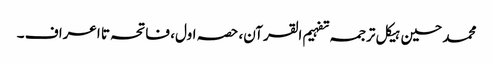
محمد حسین ہیکل ترجمہ تفہیم القرآن، حصہ اول، فاتحہ تا اعراف ۔